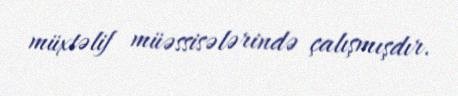
müxtəlif müəssisələrində çalışmışdır.